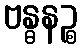
ဗန္ဓနဉ္စ